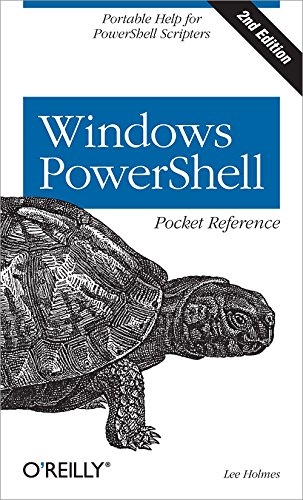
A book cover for Windows PowerShell Pocket Reference (Pocket Reference (O'Reilly)); Lee Holmes; Computers & Technology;